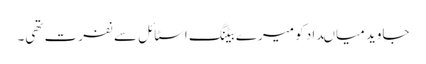
جاوید میاںداد کو میرے بیٹنگ اسٹائل سے نفرت تھی۔